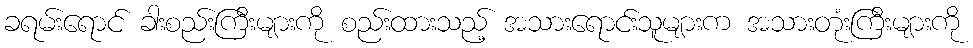
ခရမ်းရောင် ခါးစည်းကြီးများကို စည်းထားသည့် အသားရောင်းသူများက အသားတုံးကြီးများကို